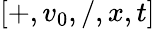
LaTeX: [+,v_{0},/,x,t]